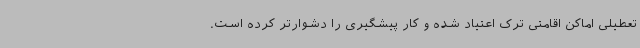
تعطیلی اماکن اقامتی ترک اعتیاد شده و کار پیشگیری را دشوارتر کرده است.